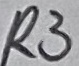
Text: R3